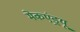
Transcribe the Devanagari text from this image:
मेकएंड्रयू